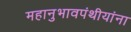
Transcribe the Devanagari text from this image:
महानुभावपंथीयांना